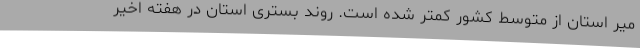
میر استان از متوسط کشور کمتر شده است. روند بستری استان در هفته اخیر